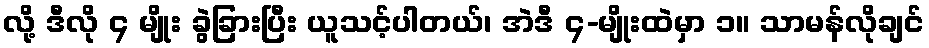
လို့ ဒီလို ၄ မျိုး ခွဲခြားပြီး ယူသင့်ပါတယ်၊ အဲဒီ ၄-မျိုးထဲမှာ ၁။ သာမန်လိုချင်